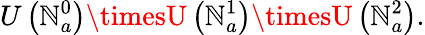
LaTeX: U\left(\mathbb{N}_{a}^{0}\right)\timesU\left(\mathbb{N}_{a}^{1}\right)\timesU\left(\mathbb{N}_{a}^{2}\right).